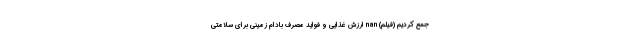
جمع کردیم (فیلم) nan ارزش غذایی و فواید مصرف بادام زمینی برای سلامتی